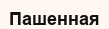
Пашенная